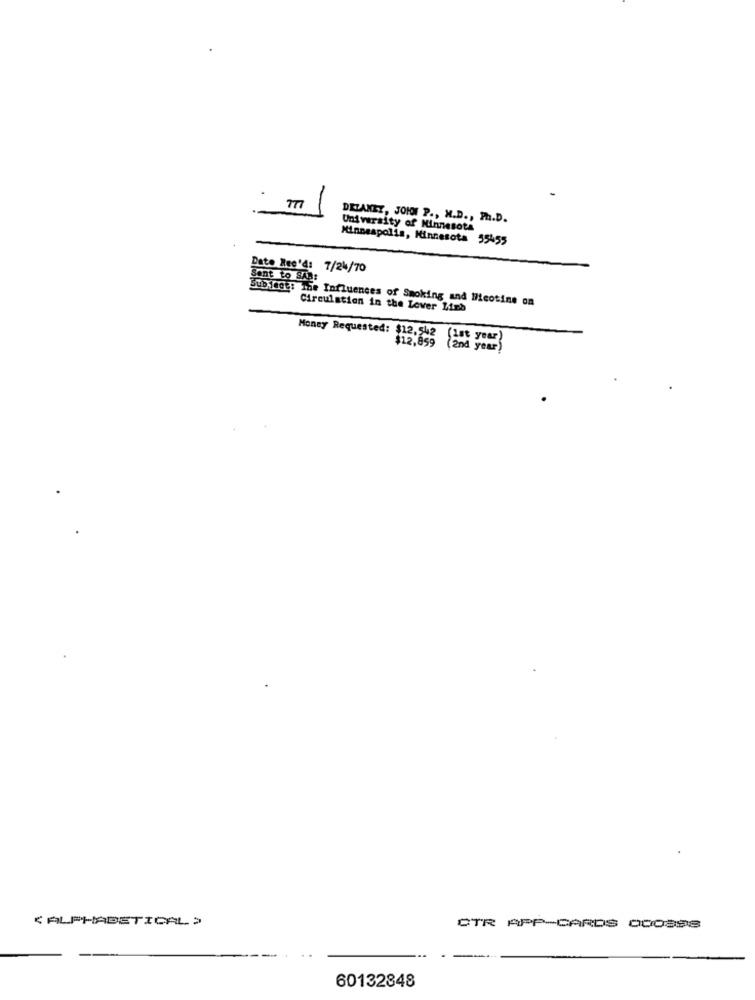
DELANEY, JOHON P ., H.D ., Ph.D.
University of Minnesota
Minneapolis, Minnesota 35455
Date Ree'4: 7/24/70
Sent to SAR:
Subject: The Influences of Smoking and Meotine on
Circulation in the Lower Limb
Money Requested: $12, 542
$12,859
< ALPHABETICAL >
CTR APP-CARDS 000398
60132848